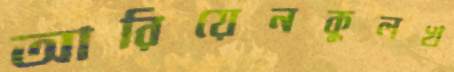
আরিয়েনকুলখ